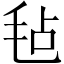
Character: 毡